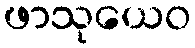
ဖာသုယေဝ